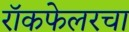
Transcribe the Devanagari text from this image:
रॉकफेलरचा